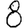
Digit: 8